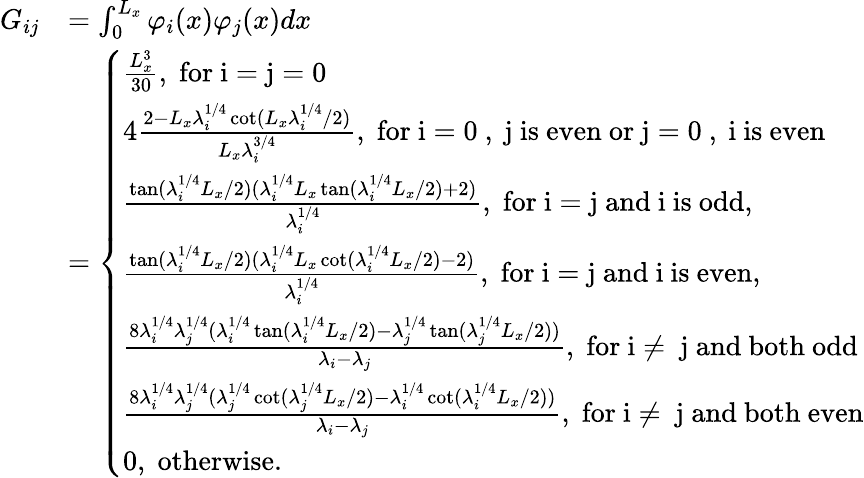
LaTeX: \begin{array}{rl}{G_{ij}}&{=\int_{0}^{L_{x}}\varphi_{i}(x)\varphi_{j}(x)dx}\\ &{=\left\{ \begin{array}{ll}{\frac{L_{x}^{3}}{30},\; \mathrm{for~i=j=0~}}\\ {4\frac{2-L_{x}\lambda_{i}^{1/4}\cot(L_{x}\lambda_{i}^{1/4}/2)}{L_{x}\lambda_{i}^{3/4}},\; \mathrm{for~i=0~,~j~is~even~or~j=0~,~i~is~even}}\\ {\frac{\tan(\lambda_{i}^{1/4}L_{x}/2)(\lambda_{i}^{1/4}L_{x}\tan(\lambda_{i}^{1/4}L_{x}/2)+2)}{\lambda_{i}^{1/4}},\; \mathrm{for~i=j~and~i~is~odd},}\\ {\frac{\tan(\lambda_{i}^{1/4}L_{x}/2)(\lambda_{i}^{1/4}L_{x}\cot(\lambda_{i}^{1/4}L_{x}/2)-2)}{\lambda_{i}^{1/4}},\; \mathrm{for~i=j~and~i~is~even},}\\ {\frac{8\lambda_{i}^{1/4}\lambda_{j}^{1/4}(\lambda_{i}^{1/4}\tan(\lambda_{i}^{1/4}L_{x}/2)-\lambda_{j}^{1/4}\tan(\lambda_{j}^{1/4}L_{x}/2))}{\lambda_{i}-\lambda_{j}},\; \mathrm{for~i\neq~j~and~both~odd}}\\ {\frac{8\lambda_{i}^{1/4}\lambda_{j}^{1/4}(\lambda_{j}^{1/4}\cot(\lambda_{j}^{1/4}L_{x}/2)-\lambda_{i}^{1/4}\cot(\lambda_{i}^{1/4}L_{x}/2))}{\lambda_{i}-\lambda_{j}},\; \mathrm{for~i\neq~j~and~both~even}}\\ {0,\; \mathrm{otherwise}.}\end{array}\right.}\end{array}